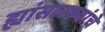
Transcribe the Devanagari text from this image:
ह्यांसारख्यांचे